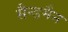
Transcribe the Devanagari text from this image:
सैन्डमैन